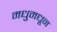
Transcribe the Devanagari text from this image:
मधुमधून